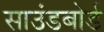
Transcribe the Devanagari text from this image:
साउंडबोर्ड